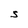
Character: S